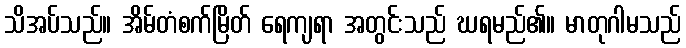
သိအပ်သည်။ အိမ်တံစက်မြိတ် ရေကျရာ အတွင်းသည် ဃရမည်၏။ မာတုဂါမသည်